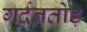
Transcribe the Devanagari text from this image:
गर्दनतोड़